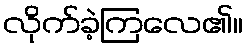
လိုက်ခဲ့ကြလေ၏။